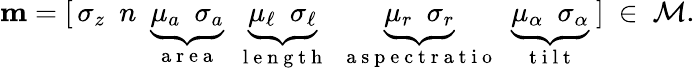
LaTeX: \mathbf{m}=[\, \sigma_{z}\ \ n\ \ \underbrace{\mu_{a}\ \ \sigma_{a}}_{\mathrm{~a~r~e~a~}}\ \ \underbrace{\mu_{\ell}\ \ \sigma_{\ell}}_{\mathrm{~l~e~n~g~t~h~}}\ \ \underbrace{\mu_{r}\ \ \sigma_{r}}_{\mathrm{~a~s~p~e~c~t~r~a~t~i~o~}}\ \ \underbrace{\mu_{\alpha}\ \ \sigma_{\alpha}}_{\mathrm{~t~i~l~t~}}\ ]\ \in\ \mathcal{M}.